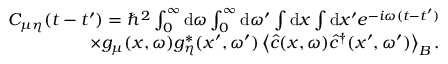
\begin{array} { r } { C _ { \mu \eta } ( t - t ^ { \prime } ) = \hbar ^ { 2 } \int _ { 0 } ^ { \infty } \mathrm { d } \omega \int _ { 0 } ^ { \infty } \mathrm { d } \omega ^ { \prime } \int \mathrm { d } x \int \mathrm { d } x ^ { \prime } e ^ { - i \omega ( t - t ^ { \prime } ) } } \\ { \times g _ { \mu } ( x , \omega ) g _ { \eta } ^ { * } ( x ^ { \prime } , \omega ^ { \prime } ) \left\langle \hat { c } ( x , \omega ) \hat { c } ^ { \dagger } ( x ^ { \prime } , \omega ^ { \prime } ) \right\rangle _ { B } . } \end{array}